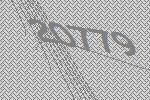
20779